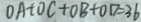
0 A + O C + O B + O D = 3 6